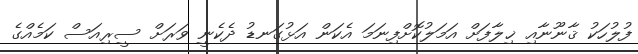
ފުލުހަކު ޤާނޫނާއި ޚިލާފަށް އަމަލުކޮށްފިނަމަ އެކަން އަޅުގަނޑު ދެކެނީ ވަރަށް ސީރިއަސް ކަމެއްގެ